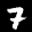
Label: 7